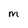
Character: M